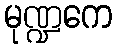
မုဏ္ဍကေ